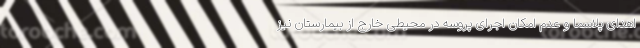
اهدای پلاسما و عدم امکان اجرای پروسه در محیطی خارج از بیمارستان نیز